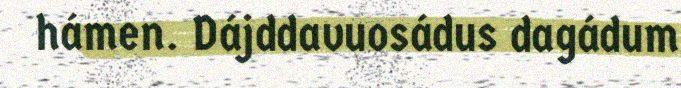
hámen. Dájddavuosádus dagádum